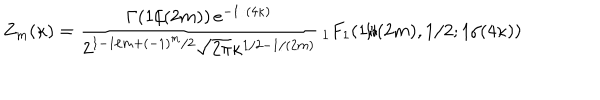
LaTeX: Z _ { m } ( \kappa ) = { \frac { \Gamma ( 1 / ( 2 m ) ) \, e ^ { - 1 / ( 4 \kappa ) } } { 2 ^ { 1 - 1 / m + ( - 1 ) ^ { m } / 2 } \sqrt { 2 \pi } \kappa ^ { 1 / 2 - 1 / ( 2 m ) } } } \, { } _ { 1 } F _ { 1 } ( 1 / ( 2 m ) , 1 / 2 ; 1 / ( 4 \kappa ) )